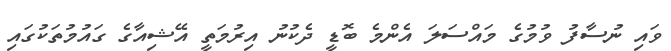
ވައި ނުސާފު ވުމުގެ މައްސަލަ އެންމެ ބޮޑީ ދެކުނު އިރުމަތީ އޭޝިއާގެ ގައުމުތަކުގައި